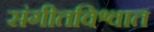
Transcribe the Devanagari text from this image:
संगीतविश्वात